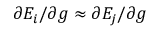
\partial E _ { i } / \partial g \approx \partial E _ { j } / \partial g